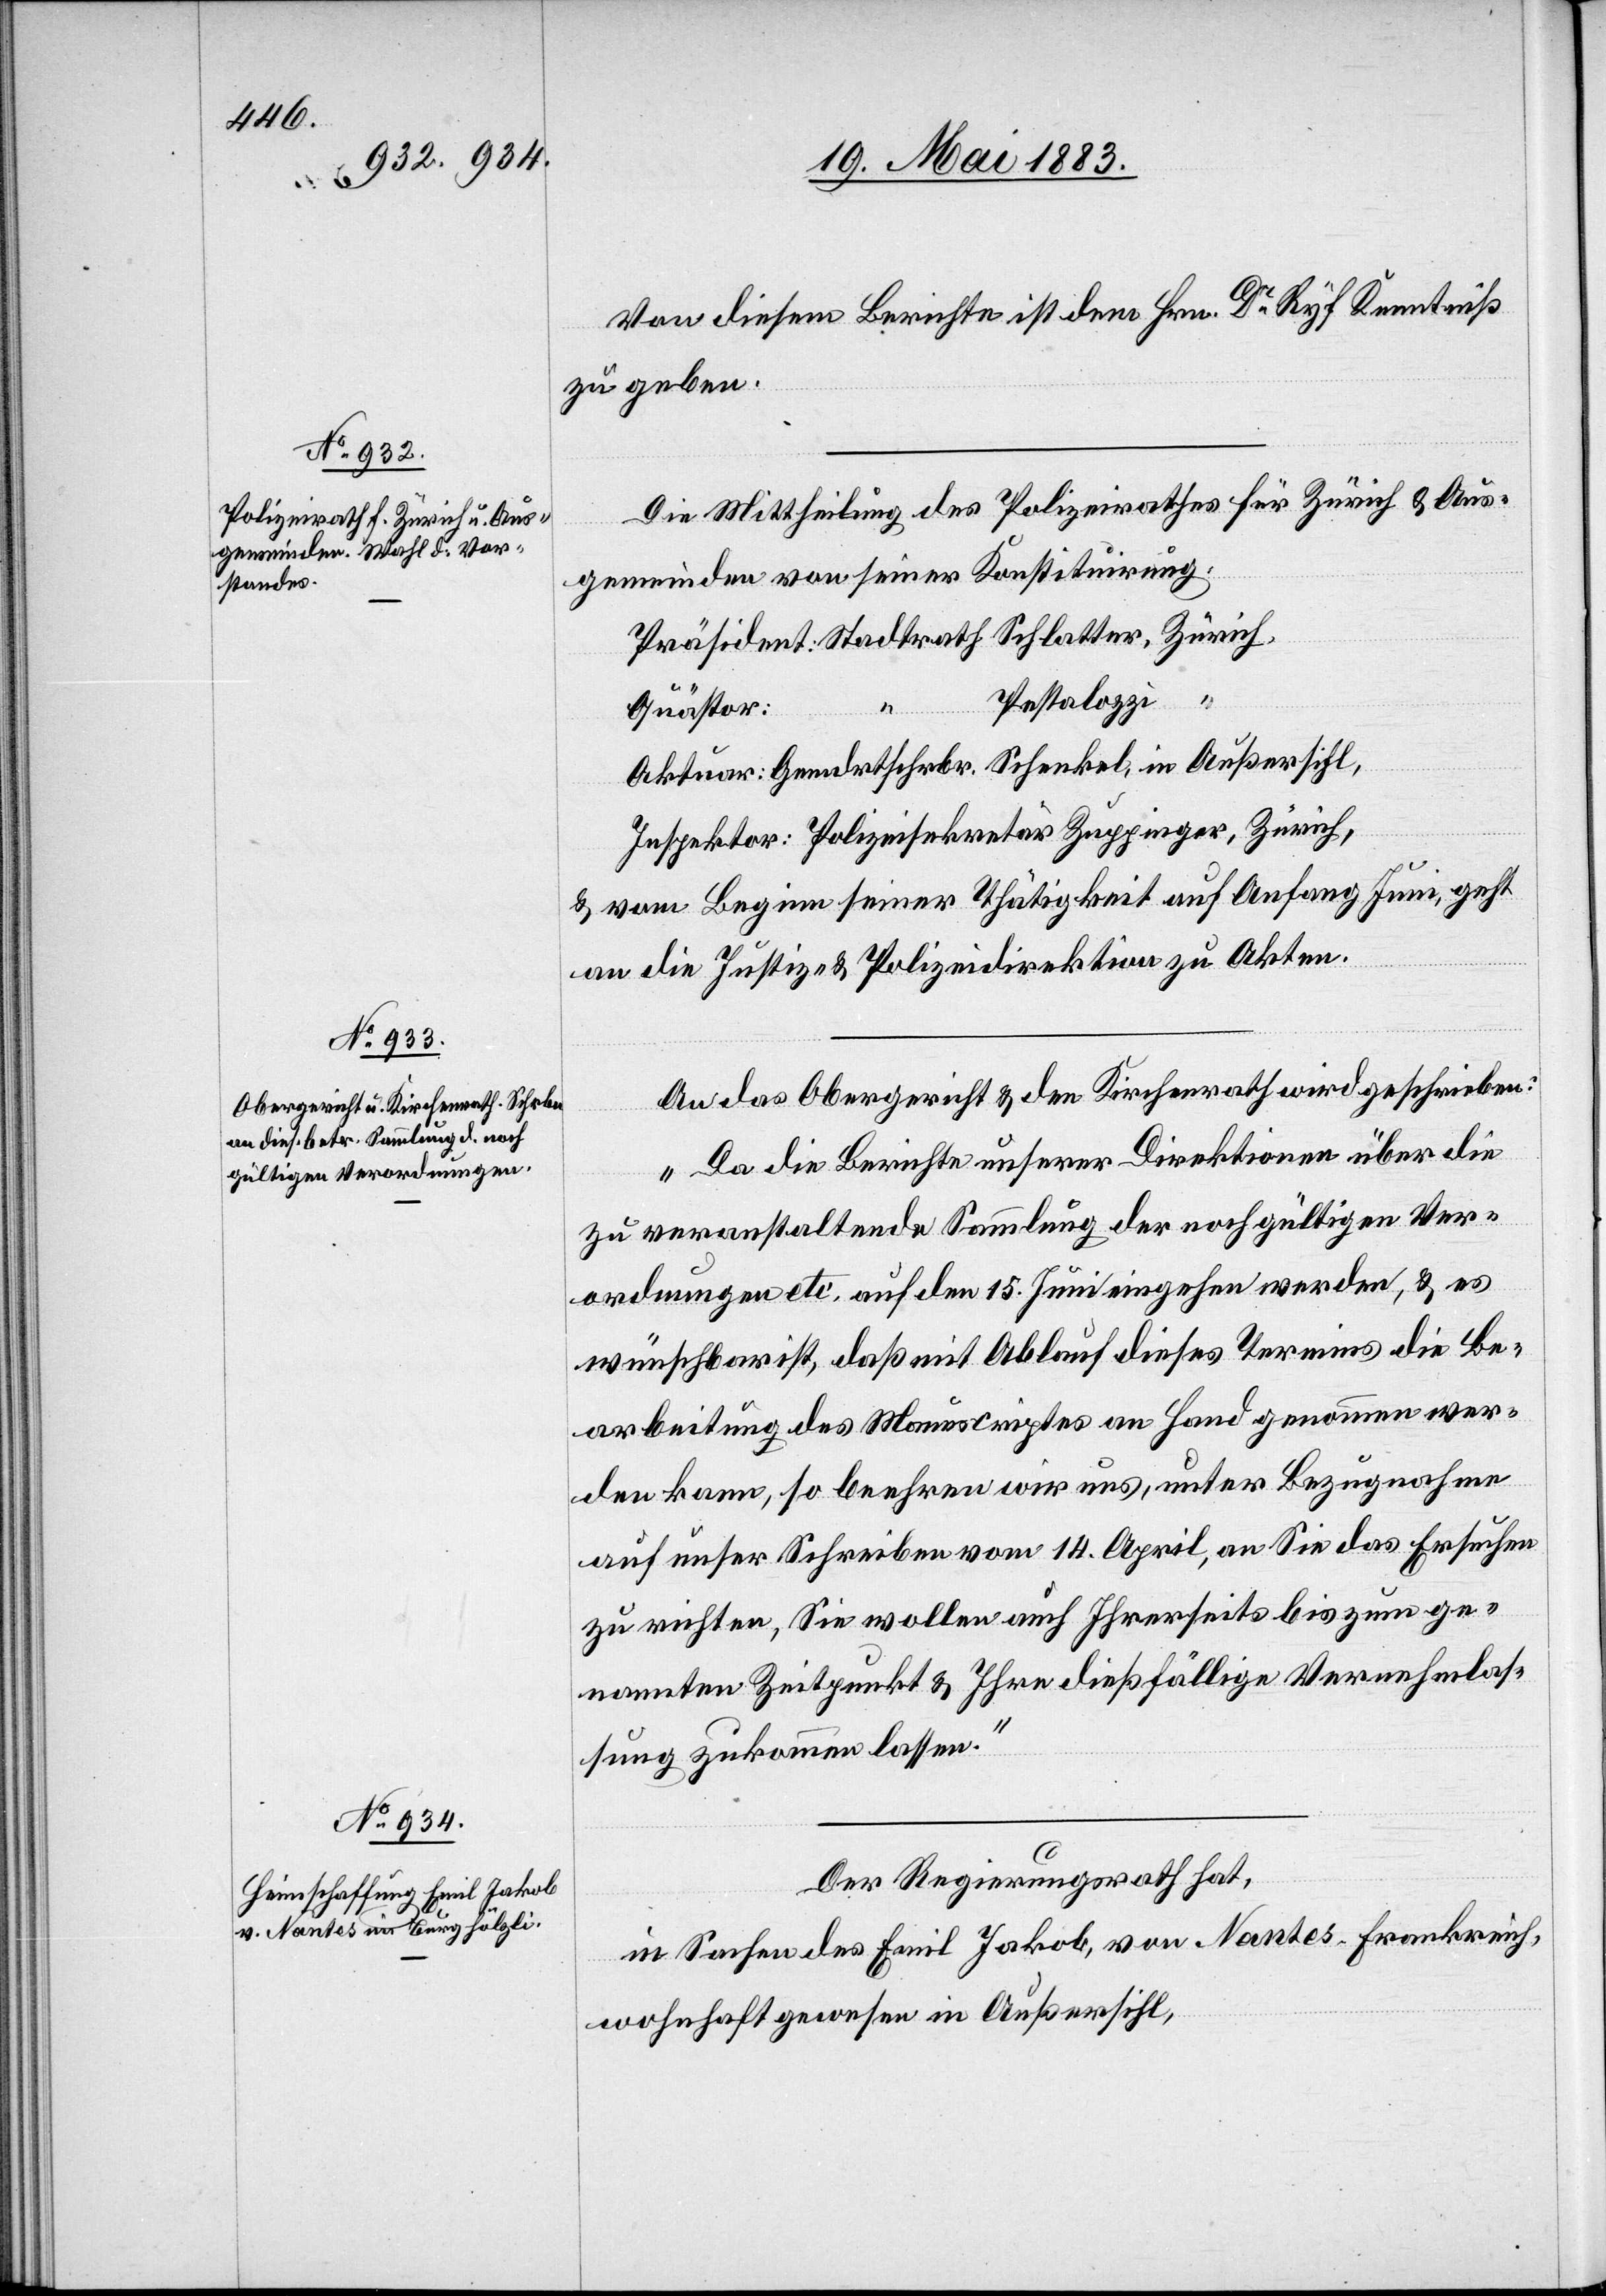
23. Mai 1883.]
Von diesem Berichte ist dem Hrn. Dr Ryf Kenntniß
zu geben.
Die Mittheilung des Polizeirathes für Zürich & Aus¬
Vernehmla¬
gemeinden von seiner Konstituirung,
Präsident: Stadtrath Schlatter, Zürich.
Pestalozzi “
Quästor:
Aktuar: Gemdrthschrbr. Schenkel, in Außersihl,
Inspektor: Polizeisekretär Zuppinger, Zürich,
& vom Beginn seiner Thätigkeit auf Anfang Juni, geht
an die Justiz- & Polizeidirektion zu Akten.
An das Obergericht & den Kirchenrath wird geschrieben:
„Da die Berichte unserer Direktionen über die
zu veranstaltende Sammlung der noch gültigen Ver¬
ordnungen etc. auf den 15. Juni eingehen werden, & es
wünschbar ist, daß mit Ablauf dieses Termins die Be¬
arbeitung des Manuscriptes an Hand genommen wer¬
den kann, so beehren wir uns, unter Bezugnahme
auf unser Schreiben vom 14. April, an Sie das Ersuchen
zu richten, Sie wollen auch Ihrerseits bis zum ge¬
ßung zukommen lassen.
Der Regierungsrath hat,
in Sachen des Emil Jakob, von Nantes, Frankreich,
wohnhaft gewesen in Außersihl,